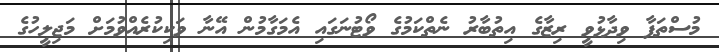
މުސްތަފާ ވިދާޅުވީ ރިޒާގެ އިތުބާރު ނެތްކަމުގެ ވޯޓުނަގައި އެމަގާމުން އޭނާ ވަކިކުރެއްވުމަށް މަޖިލީހުގެ